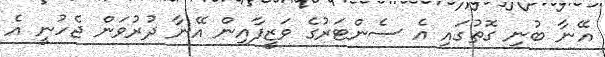
އޭނާ ބުނި ގޮތުގައި އެ ސެންޓަރުގެ ވަޒީފާއިން އޭނާ ދުރުވަން ޖެހުނީ އެ